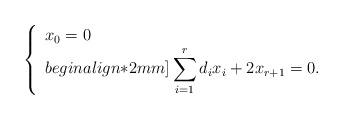
LaTeX: \begin{align*}\left\{\begin{array}{l}x_0=0\\begin{align*}2mm]\displaystyle\sum_{i=1}^r d_i x_i+2x_{r+1}=0.\\\end{array}\right.\end{align*}